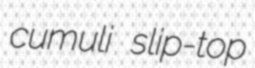
cumuli slip-top